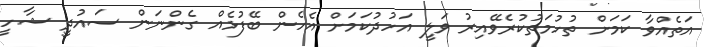
އަތެއްވާ ކަމަށް ތުހުމަތުކުރެވޭއިރު ވަލީ އަހުދުކަމަށް އެހެން ބޭފުޅެއް ގެންނަން ސައުދީ ޝާހީ